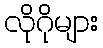
လိုဂိုများ